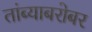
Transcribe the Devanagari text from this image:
तांब्याबरोबर